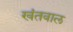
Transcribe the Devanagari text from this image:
खंतवाल